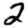
Digit: 2